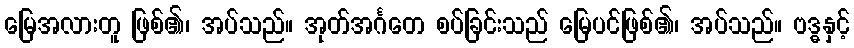
မြေအလားတူ ဖြစ်၏၊ အပ်သည်။ အုတ်အင်္ဂတေ စပ်ခြင်းသည် မြေပင်ဖြစ်၏၊ အပ်သည်။ ဗဒ္ဓနှင့်